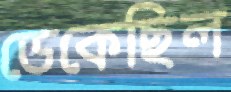
ডেকেছিল